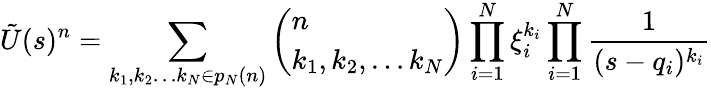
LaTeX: \tilde{U}(s)^{n}=\sum_{k_{1},k_{2}\ldots k_{N}\in p_{N}(n)}\left(\begin{array}{l}{n}\\ {k_{1},k_{2},\ldots k_{N}}\end{array}\right)\prod_{i=1}^{N}\xi_{i}^{k_{i}}\prod_{i=1}^{N}\frac{1}{(s-q_{i})^{k_{i}}}